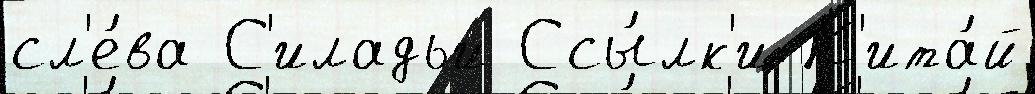
сл'е́ва С'иладьи Ссы́лк'и К'ита́й